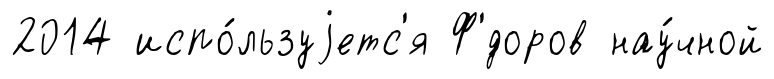
2014 испо́льзуjетс'я Ф'́доров нау́чной